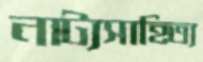
নাট্যসাহিত্য